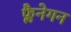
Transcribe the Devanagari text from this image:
फ्लैनेगन